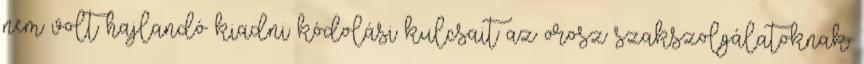
nem volt hajlandó kiadni kódolási kulcsait az orosz szakszolgálatoknak.